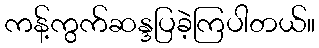
ကန့်ကွက်ဆန္ဒပြခဲ့ကြပါတယ်။